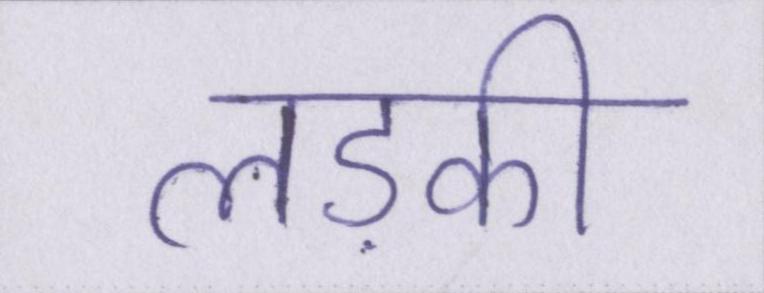
लड़की